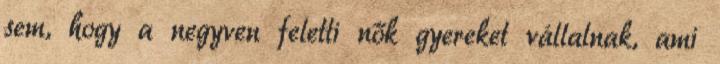
sem, hogy a negyven feletti nők gyereket vállalnak, ami